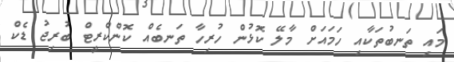
މައި ތަނބުތަކާއި ހަމައަށް މާލޭ ކޮޅުން ހުރިހާ ތަނބެއް ކޮންކްރީޓް ބުރިޖު ޑެކް